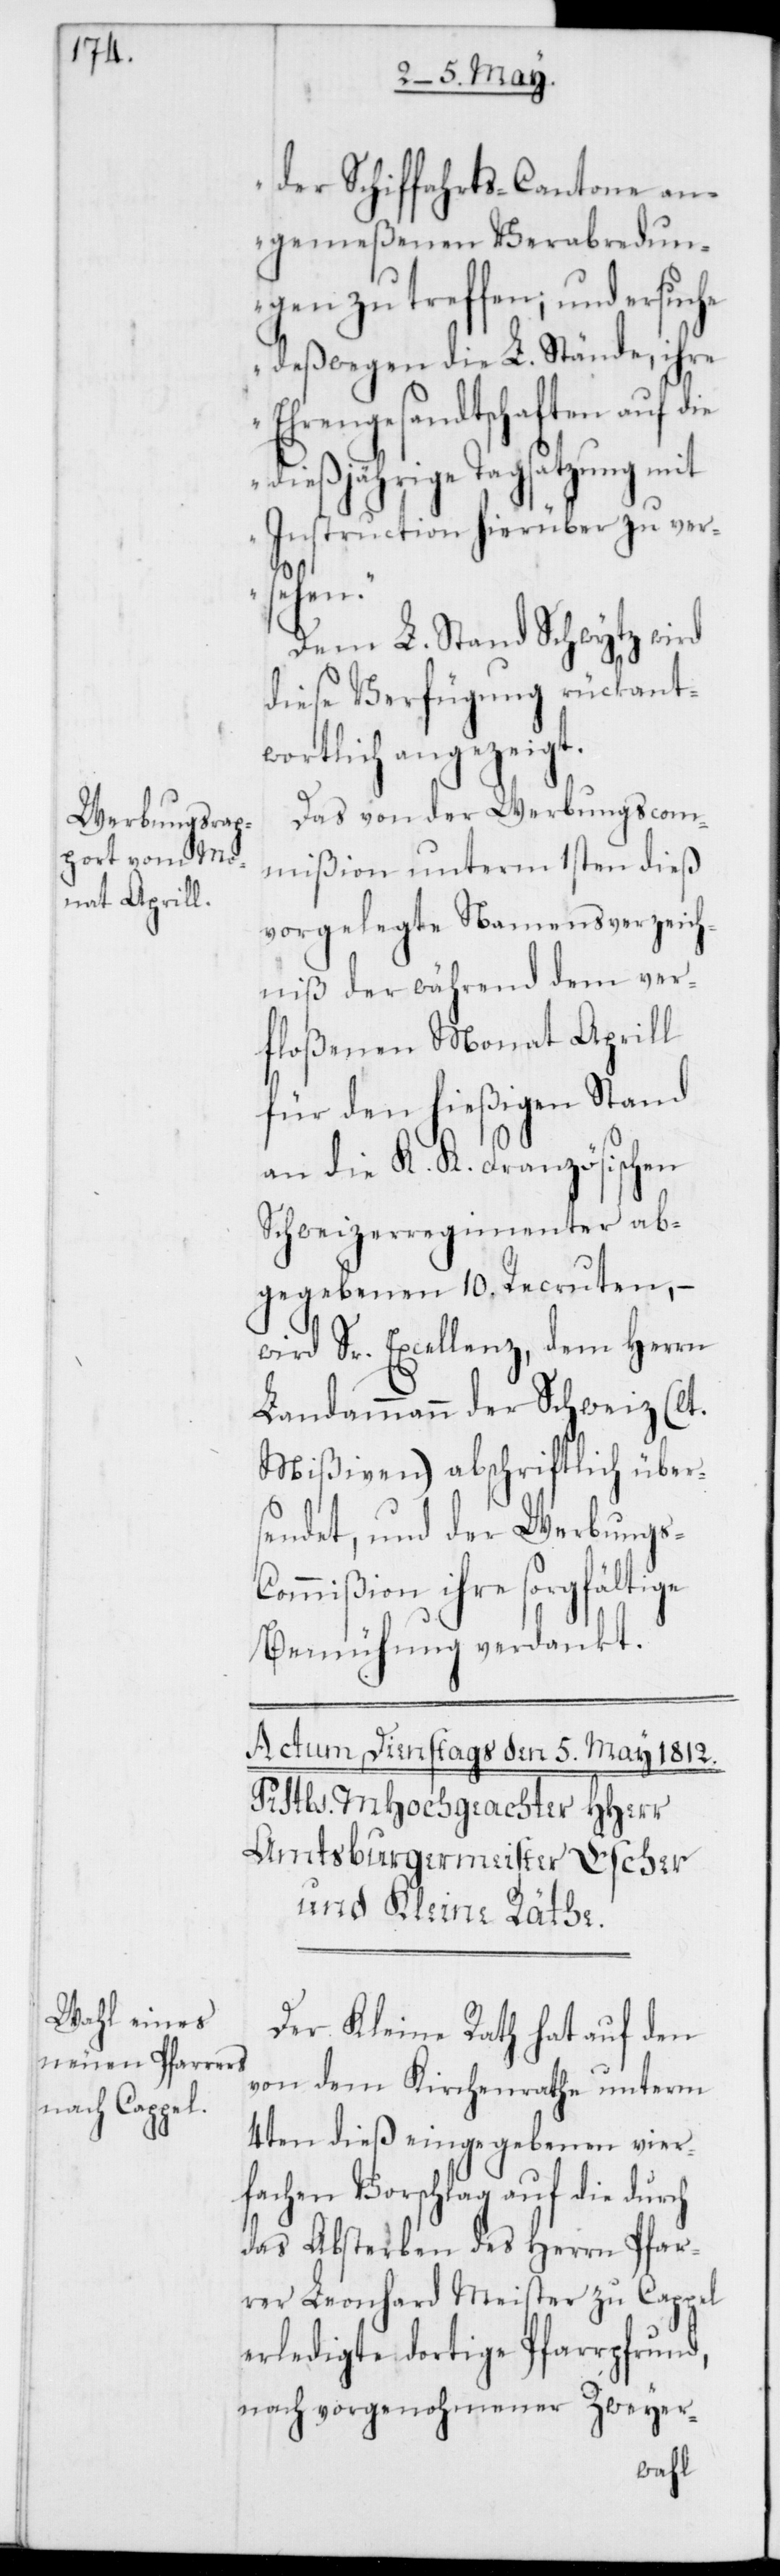
der Schiffahrts-Cantone an¬
gemeßenen Verabredun¬
gen zu treffen; und ersuche
deßwegen die L. Stände, ihre
Ehrengesandtschaften auf die
dießjährige Tagsatzung mit
Instruction hierüber zu ver¬
s-C¬
Dem L. Stand Schwytz wird
diese Verfügung rückant¬
worthlich angezeigt.
Das von der Werbungscom¬
mißion unterm 1sten dieß
vorgelegte Namensverzeich¬
niß der während dem ver¬
floßenen Monat Aprill
für den hießigen Stand
an die K. K. Französischen
Schweizerregimenter ab¬
gegebenen 10. Recruten, –
wird Sr. Excellenz, dem Herrn
Landammann der Schweiz (lt.
Mißiven) abschriftlich über¬
sendet, und der Werbung¬
ommißion ihre sorgfältige
Bemühung verdankt.
Der Kleine Rath hat auf den
von dem Kirchenrathe unterm
4ten dieß eingegebenen vier¬
fachen Vorschlag auf die durch
das Absterben des Herrn Pfar¬
rer Leonhard Meister zu Cappel
erledigte dortige Pfarrpfrund,
nach vorgenohmener Zweyer-